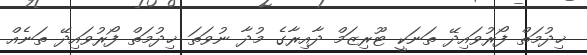
ޚިދުމަތް ފޯރުވައިދޭ ތަނަކީ ޓޫރިޒަމް ދާއިރާގެ މުދާ ނުވަތަ ޚިދުމަތް ފޯރުވައިދޭ ތަނެއް